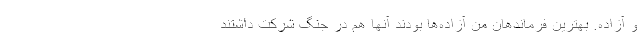
و آزاده. بهترین فرماندهان من آزاده‌ها بودند آنها هم در جنگ شرکت داشتند